Annual statistical returns and brief notes on vaccination in Bengal - 1909-1929
Year: 1909
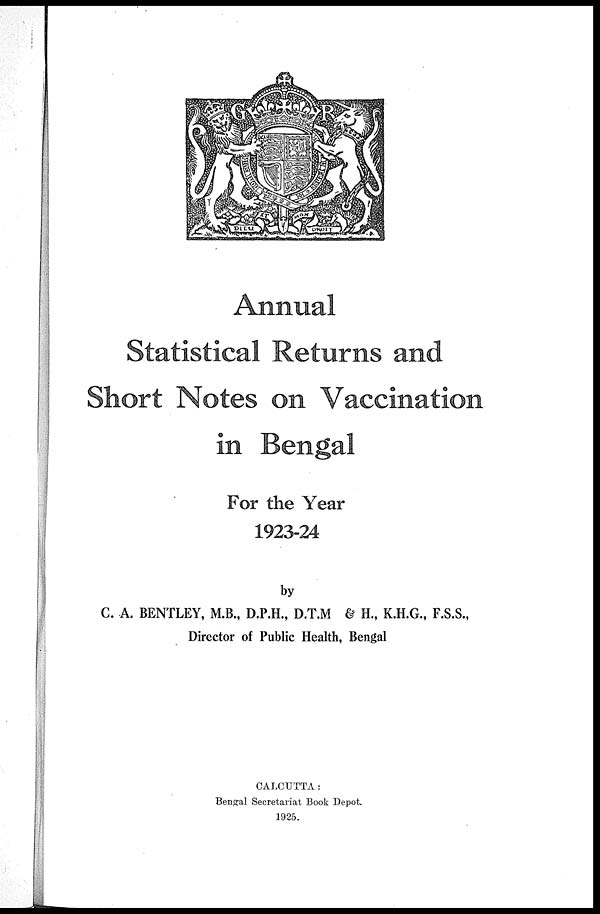
Annual
Statistical Returns and
Short Notes on Vaccination
in Bengal
For the Year
1923-24
by
C. A. BENTLEY, M.B., D.P.H., D.T.M & H., K.H.G., F.S.S.,
Director of Public Health, Bengal
CALCUTTA:
Bengal Secretariat Book Depot.
1925.